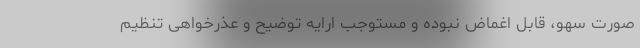
صورت سهو، قابل اغماض نبوده و مستوجب ارایه توضیح و عذرخواهی تنظیم‌